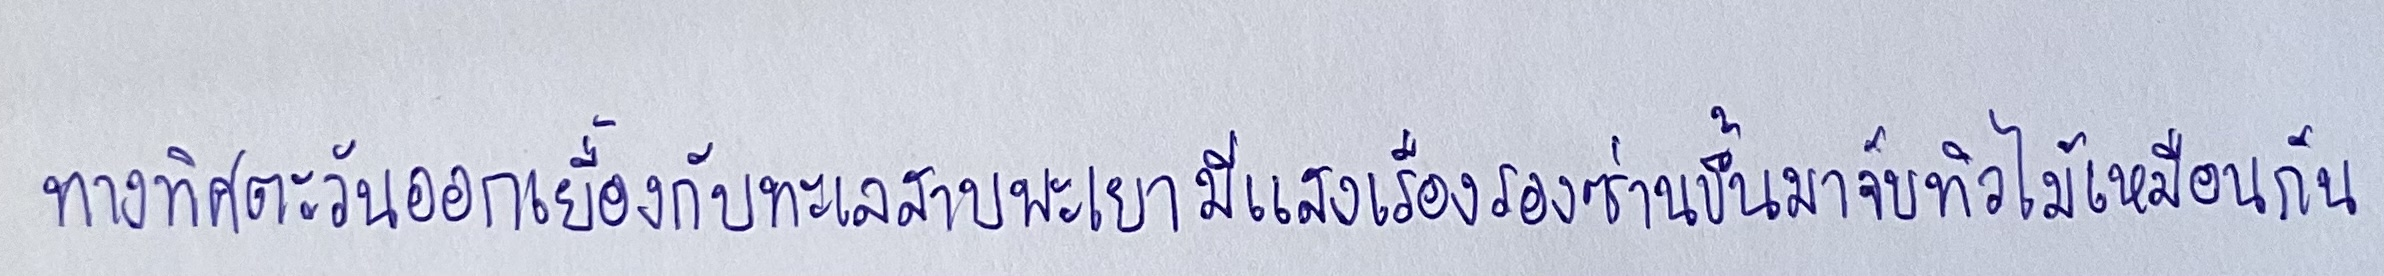
ทางทิศตะวันออกเยื้องกับทะเลสาบพะเยามีแสงเรืองรองซ่านขึ้นมาจับทิวไม้เหมือนกัน